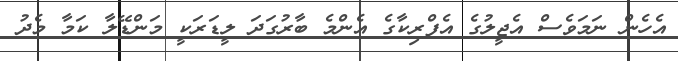
އެހެން ނަމަވެސް އެޖީލުގެ އެފްރިކާގެ އެންމެ ބާރުގަދަ ލީޑަރަކީ މަންޑޭލާ ކަމާ މެދު